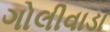
ગોલીવાડા